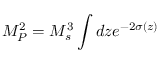
M _ { P } ^ { 2 } = M _ { s } ^ { 3 } \int d z e ^ { - 2 \sigma ( z ) }